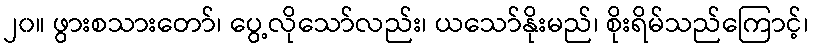
၂၀။ ဖွားစသားတော်၊ ပွေ့လိုသော်လည်း၊ ယသော်နိုးမည်၊ စိုးရိမ်သည်ကြောင့်၊